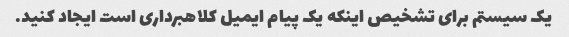
یک سیستم برای تشخیص اینکه یک پیام ایمیل کلاهبرداری است ایجاد کنید.